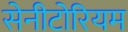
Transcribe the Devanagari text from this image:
सेनीटोरियम